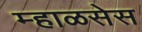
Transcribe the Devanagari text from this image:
म्हाळसेस